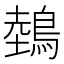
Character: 鵱